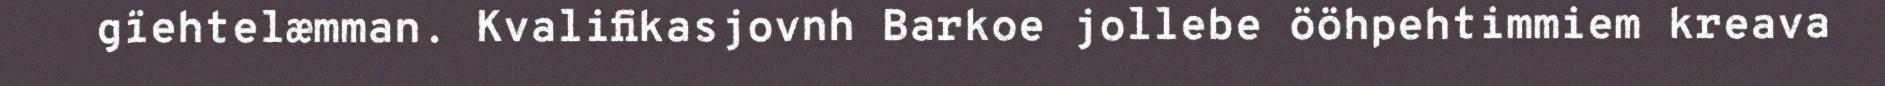
gïehtelæmman. Kvalifikasjovnh Barkoe jollebe ööhpehtimmiem kreava